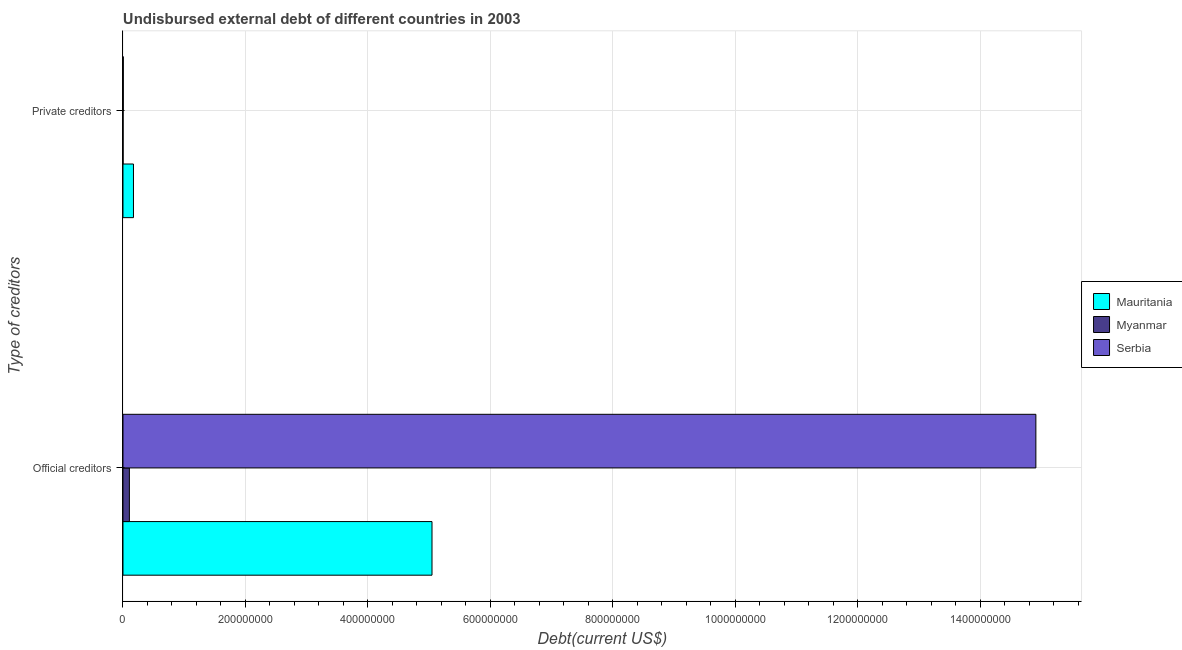
| Type of creditors | Mauritania | Myanmar | Serbia |
 | --- | --- | --- | --- |
 | Official creditors | 5.05e+08 | 1.05e+07 | 1.49e+09 |
 | Private creditors | 1.71e+07 | 1.63e+05 | 5.05e+05 |